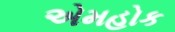
એમહોક